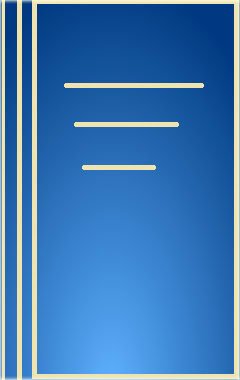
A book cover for Bone Implant Grafting; Health, Fitness & Dieting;